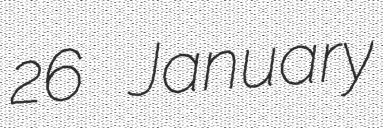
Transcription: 26 January